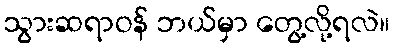
သွားဆရာဝန် ဘယ်မှာ တွေ့လို့ရလဲ။